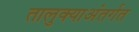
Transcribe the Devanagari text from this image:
तालुक्याअंतर्गत